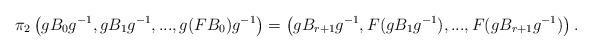
LaTeX: \begin{align*} \pi_2\left(gB_0g^{-1},gB_1g^{-1},..., g(FB_0)g^{-1}\right)= \left(gB_{r+1}g^{-1},F(gB_1g^{-1}),...,F(gB_{r+1}g^{-1})\right).\end{align*}